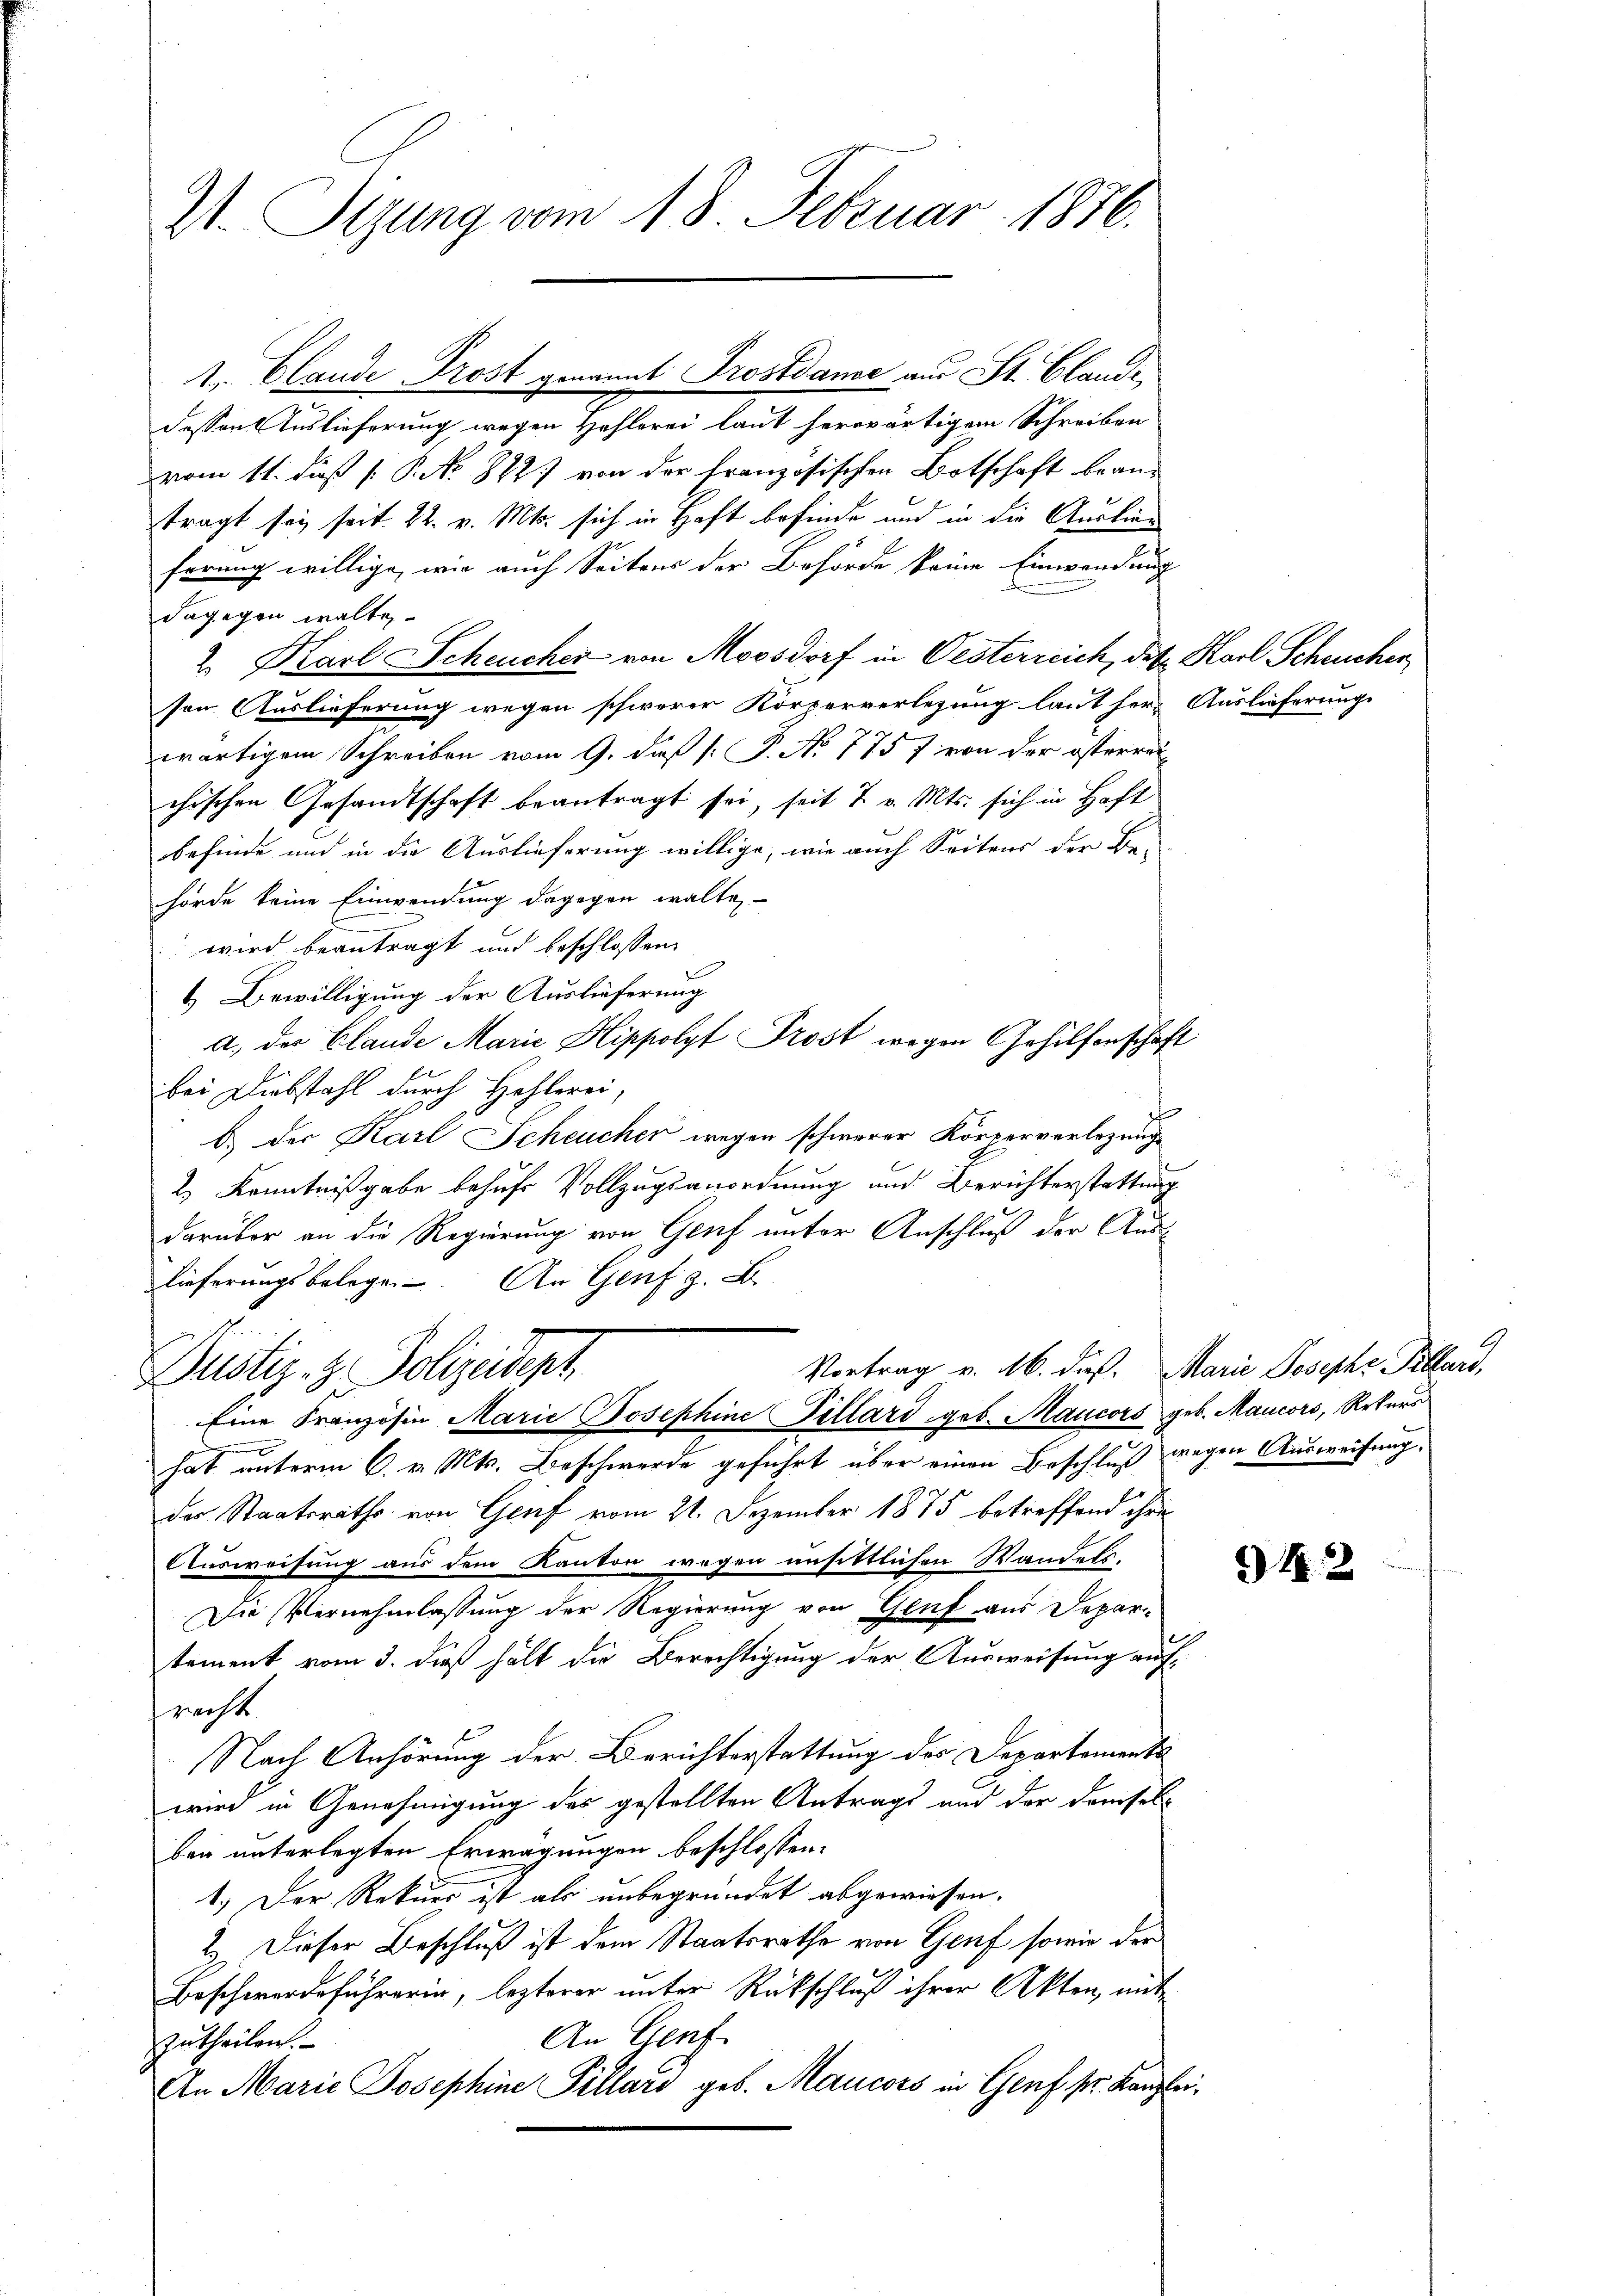
V. Tizung vom 18. Februar 1876.

dessen Auslieferung wegen Hehlerei laut herwärtigem Schreiben
vom 11. dieß P. P. No 822. von der französischen Botschaft beantragt sey seit 22. v. Mts. sich in Haft befinde und in die Auslieferung willige, wie auch Seitens der Behörde keine Einwendung
dagegen walte.
2. Karl SScheucher von Moosdorf in Oesterreich, daß Karl Scheucher
son Auslieferung wegen schwerer Körperverlegung laut herr Auslieferung
wärtigem Schreiben vom 9. daß [ P. No 775 7 von der österreichischen Gesandtschaft beantragt sei, seit 7 v. Mts. sich in Haft
befinde und in die Auslieferung willige, wie auch Seitens der Be-
hörde keine Einwendung dagegen walte,
 wird beantragt und beschlossen:
4 Bewilligung der Auslieferung
a. der Blande Marie Hippolyt Prost wegen Gehilfenschaft
bei Diebstahl durch Hehlerei,
b.) der Karl Scheucher wegen schwerer Körperverlegungs
2) Kenntnißgabe behufs Vollzugsanordnung und Berichterstattung
darüber an die Regierung von Genf unter Anschluß der Auslieferungsbelege. An Genf z. B.
Vortrag v. 16. daß. Marie Joseph Pillard,
Dustiz- & Polizeidept
Eine Franzosen Marie Josephine Gillard geb. Mancors geb. Mancors, Rekurs
hat unterm 6. v. Mts. Beschwerde geführt über einen Beschluß wegen Ausweisung,
des Staatsraths von Genf vom 21. Dezember 1875 betreffend ihre
Ausweisung aus dem Kanton wegen ansittlichen Wandels-
Die Vernehmlassung der Regierung von Gluf aus Depar
tement vom 3. dieß hält die Berechtigung der Ausweisung auf-
prachte
Nach Anhörung der Berichterstattung des Departements
wird in Genehmigung des gestellten Antrags und der demsel-
bei unterlegten Erwägungen beschlossen:
1.) Der Rekurs ist als unbegründet abgewiesen.
2.) Dieser Beschluß ist dem Staatsrathe von Genf sowie der
Beschwerdeführerin, lezterer unter Rückschluß ihrer Akten, mit
An Genf.
zutheilen.
An Marie Josephine Pillard geb. Mancors in Genf sr. Kanzlei

1. Claude Trost genannt Trostdamse aus St. Claudi

94. 2